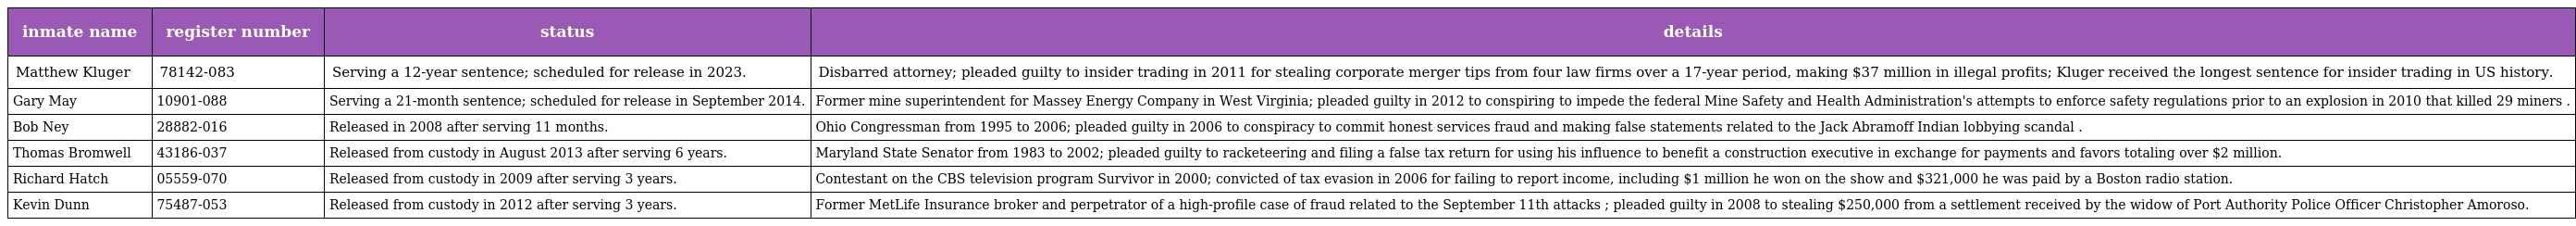
| inmate name | register number | status | details |
 | --- | --- | --- | --- |
 | Matthew Kluger | 78142-083 | Serving a 12-year sentence; scheduled for release in 2023. | Disbarred attorney; pleaded guilty to insider trading in 2011 for stealing corporate merger tips from four law firms over a 17-year period, making $37 million in illegal profits; Kluger received the longest sentence for insider trading in US history. |
 | Gary May | 10901-088 | Serving a 21-month sentence; scheduled for release in September 2014. | Former mine superintendent for Massey Energy Company in West Virginia; pleaded guilty in 2012 to conspiring to impede the federal Mine Safety and Health Administration's attempts to enforce safety regulations prior to an explosion in 2010 that killed 29 miners . |
 | Bob Ney | 28882-016 | Released in 2008 after serving 11 months. | Ohio Congressman from 1995 to 2006; pleaded guilty in 2006 to conspiracy to commit honest services fraud and making false statements related to the Jack Abramoff Indian lobbying scandal . |
 | Thomas Bromwell | 43186-037 | Released from custody in August 2013 after serving 6 years. | Maryland State Senator from 1983 to 2002; pleaded guilty to racketeering and filing a false tax return for using his influence to benefit a construction executive in exchange for payments and favors totaling over $2 million. |
 | Richard Hatch | 05559-070 | Released from custody in 2009 after serving 3 years. | Contestant on the CBS television program Survivor in 2000; convicted of tax evasion in 2006 for failing to report income, including $1 million he won on the show and $321,000 he was paid by a Boston radio station. |
 | Kevin Dunn | 75487-053 | Released from custody in 2012 after serving 3 years. | Former MetLife Insurance broker and perpetrator of a high-profile case of fraud related to the September 11th attacks ; pleaded guilty in 2008 to stealing $250,000 from a settlement received by the widow of Port Authority Police Officer Christopher Amoroso. |